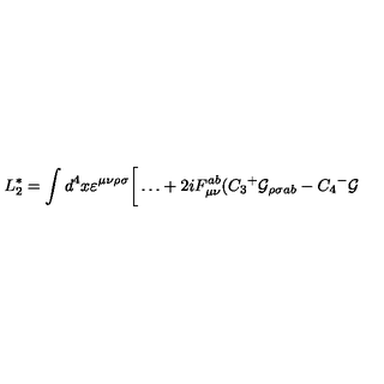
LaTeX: L _ { 2 } ^ { * } = \int d ^ { 4 } x \varepsilon ^ { \mu \nu \rho \sigma } \bigg [ \dots + 2 i F _ { \mu \nu } ^ { a b } ( C _ { 3 } { ^ + } { \cal G } _ { \rho \sigma a b } - C _ { 4 } { ^ - } { \cal G }